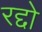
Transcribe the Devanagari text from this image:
रद्दो